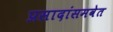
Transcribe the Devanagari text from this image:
प्रसादांसमवेत